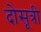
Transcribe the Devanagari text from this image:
दोसूत्री